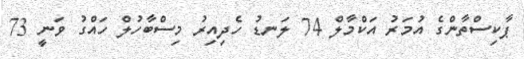
ޕާކިސްތާންގެ އުމަރު އަކްމާލް 74 ލަނޑު ހެދިއިރު މިސްބާހުލް ހައްގު ވަނީ 73